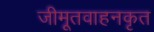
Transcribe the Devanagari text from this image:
जीमूतवाहनकृत